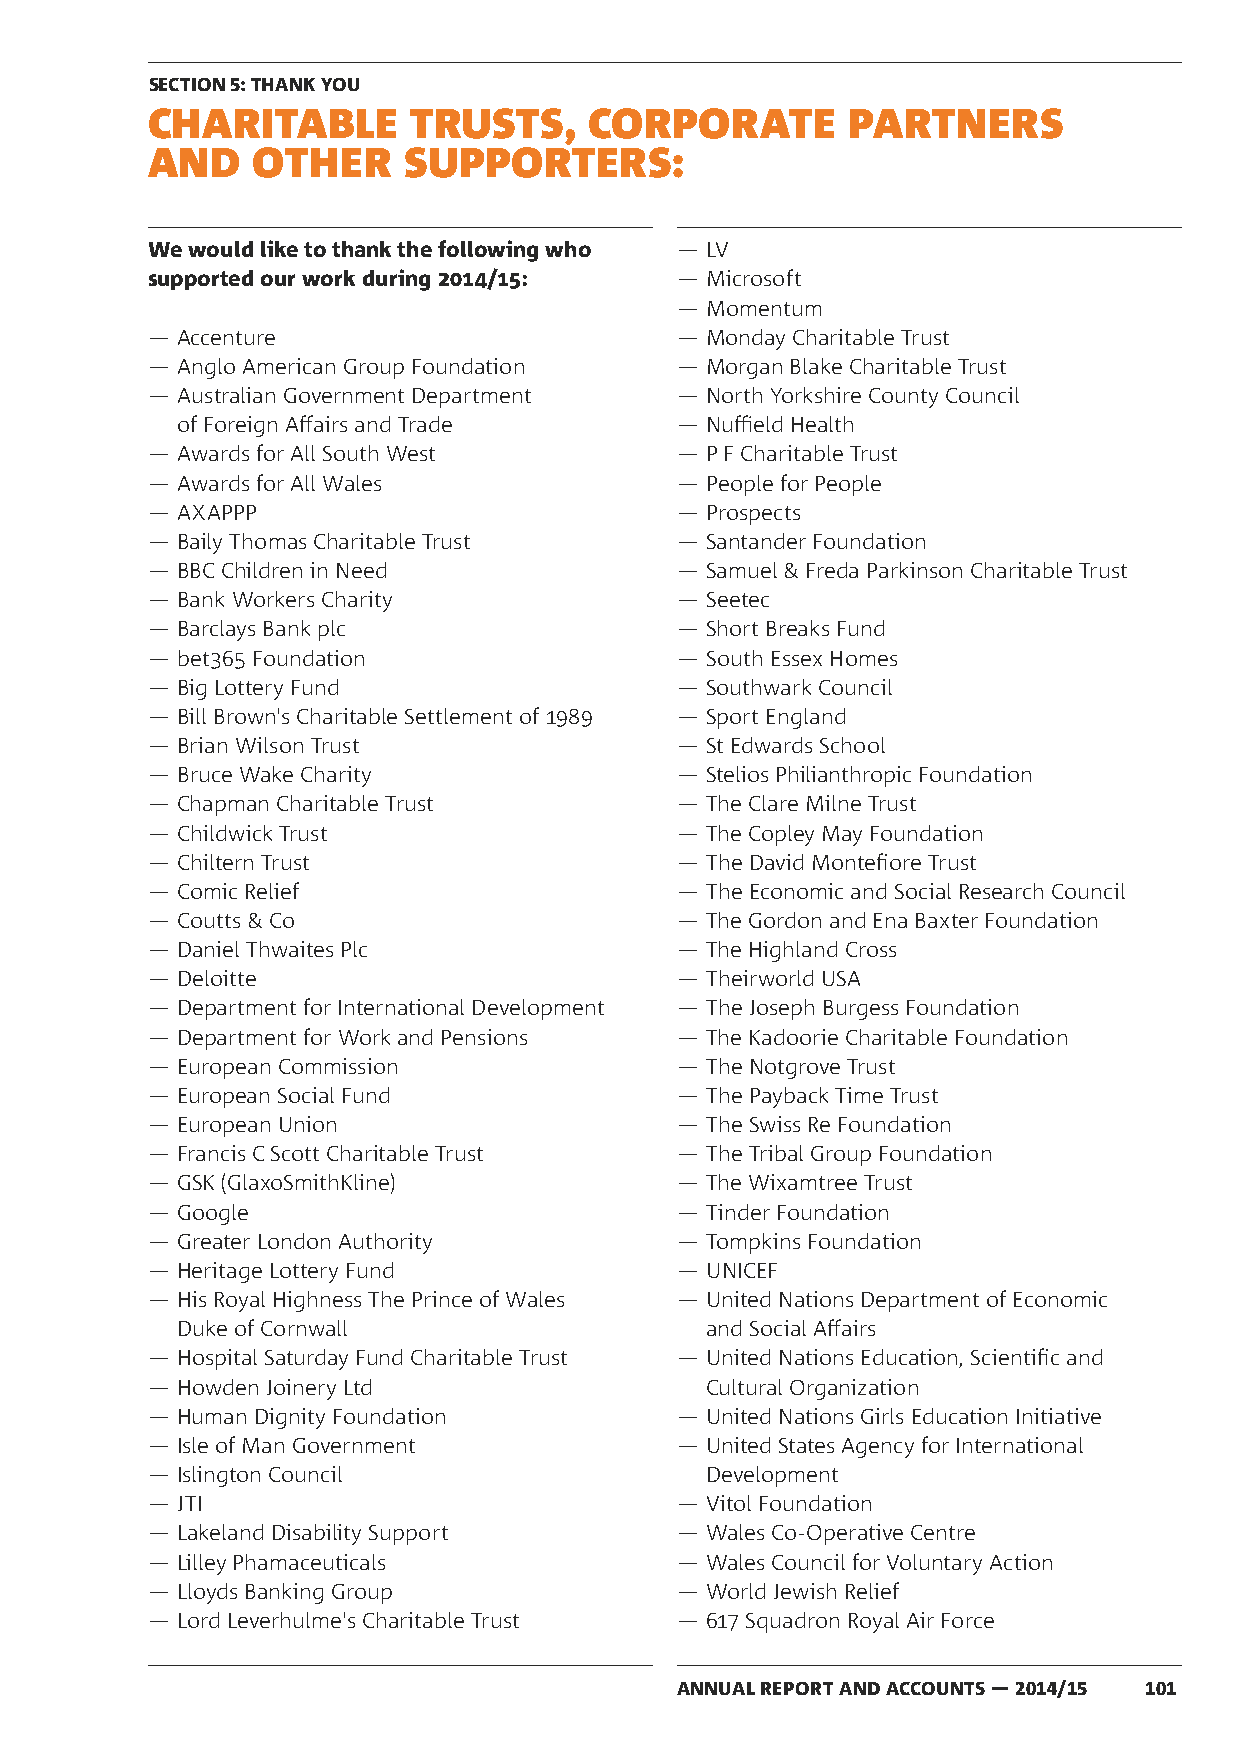
SECTION 5: THANK YOU
 CHARITABLE       TRUSTS,     CORPORATE        PARTNERS
 AND    OTHER     SUPPORTERS:
 We would like to thank the following who ― LV
 supported our work during 2014/15: ― Microsoft
 ― Momentum
 ― Accenture                        ― Monday Charitable Trust
 ― Anglo American Group Foundation  ― Morgan Blake Charitable Trust
 ― Australian Government Department ― North Yorkshire County Council
 of Foreign Affairs and Trade     ― Nuffield Health
 ― Awards for All South West        ― P F Charitable Trust
 ― Awards for All Wales             ― People for People
 ― AXAPPP                           ― Prospects
 ― Baily Thomas Charitable Trust    ― Santander Foundation
 ― BBC Children in Need             ― Samuel & Freda Parkinson Charitable Trust
 ― Bank Workers Charity             ― Seetec
 ― Barclays Bank plc                ― Short Breaks Fund
 ― bet365 Foundation                ― South Essex Homes
 ― Big Lottery Fund                 ― Southwark Council
 ― Bill Brown's Charitable Settlement of 1989 ― Sport England
 ― Brian Wilson Trust               ― St Edwards School
 ― Bruce Wake Charity               ― Stelios Philianthropic Foundation
 ― Chapman Charitable Trust         ― The Clare Milne Trust
 ― Childwick Trust                  ― The Copley May Foundation
 ― Chiltern Trust                   ― The David Montefiore Trust
 ― Comic Relief                     ― The Economic and Social Research Council
 ― Coutts & Co                      ― The Gordon and Ena Baxter Foundation
 ― Daniel Thwaites Plc              ― The Highland Cross
 ― Deloitte                         ― Theirworld USA
 ― Department for International Development ― The Joseph Burgess Foundation
 ― Department for Work and Pensions ― The Kadoorie Charitable Foundation
 ― European Commission              ― The Notgrove Trust
 ― European Social Fund             ― The Payback Time Trust
 ― European Union                   ― The Swiss Re Foundation
 ― Francis C Scott Charitable Trust ― The Tribal Group Foundation
 ― GSK (GlaxoSmithKline)            ― The Wixamtree Trust
 ― Google                           ― Tinder Foundation
 ― Greater London Authority         ― Tompkins Foundation
 ― Heritage Lottery Fund            ― UNICEF
 ― His Royal Highness The Prince of Wales ― United Nations Department of Economic
 Duke of Cornwall                   and Social Affairs
 ― Hospital Saturday Fund Charitable Trust ― United Nations Education, Scientific and
 ― Howden Joinery Ltd                 Cultural Organization
 ― Human Dignity Foundation         ― United Nations Girls Education Initiative
 ― Isle of Man Government           ― United States Agency for International
 ― Islington Council                  Development
 5         ― JTI                              ― Vitol Foundation
 ― Lakeland Disability Support      ― Wales Co-Operative Centre
 ― Lilley Phamaceuticals            ― Wales Council for Voluntary Action
 Thank you
 ― Lloyds Banking Group             ― World Jewish Relief
 ― Lord Leverhulme's Charitable Trust ― 617 Squadron Royal Air Force
 ANNUAL REPORT AND ACCOUNTS — 2014/15 101